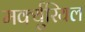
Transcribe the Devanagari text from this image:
मर्क्युरियल